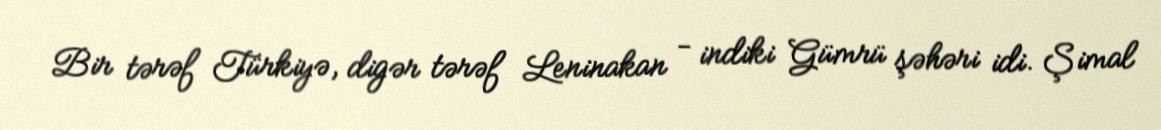
Bir tərəf Türkiyə, digər tərəf Leninakan - indiki Gümrü şəhəri idi. Şimal